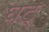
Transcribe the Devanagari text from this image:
घट्